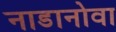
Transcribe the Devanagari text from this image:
नाडानोवा